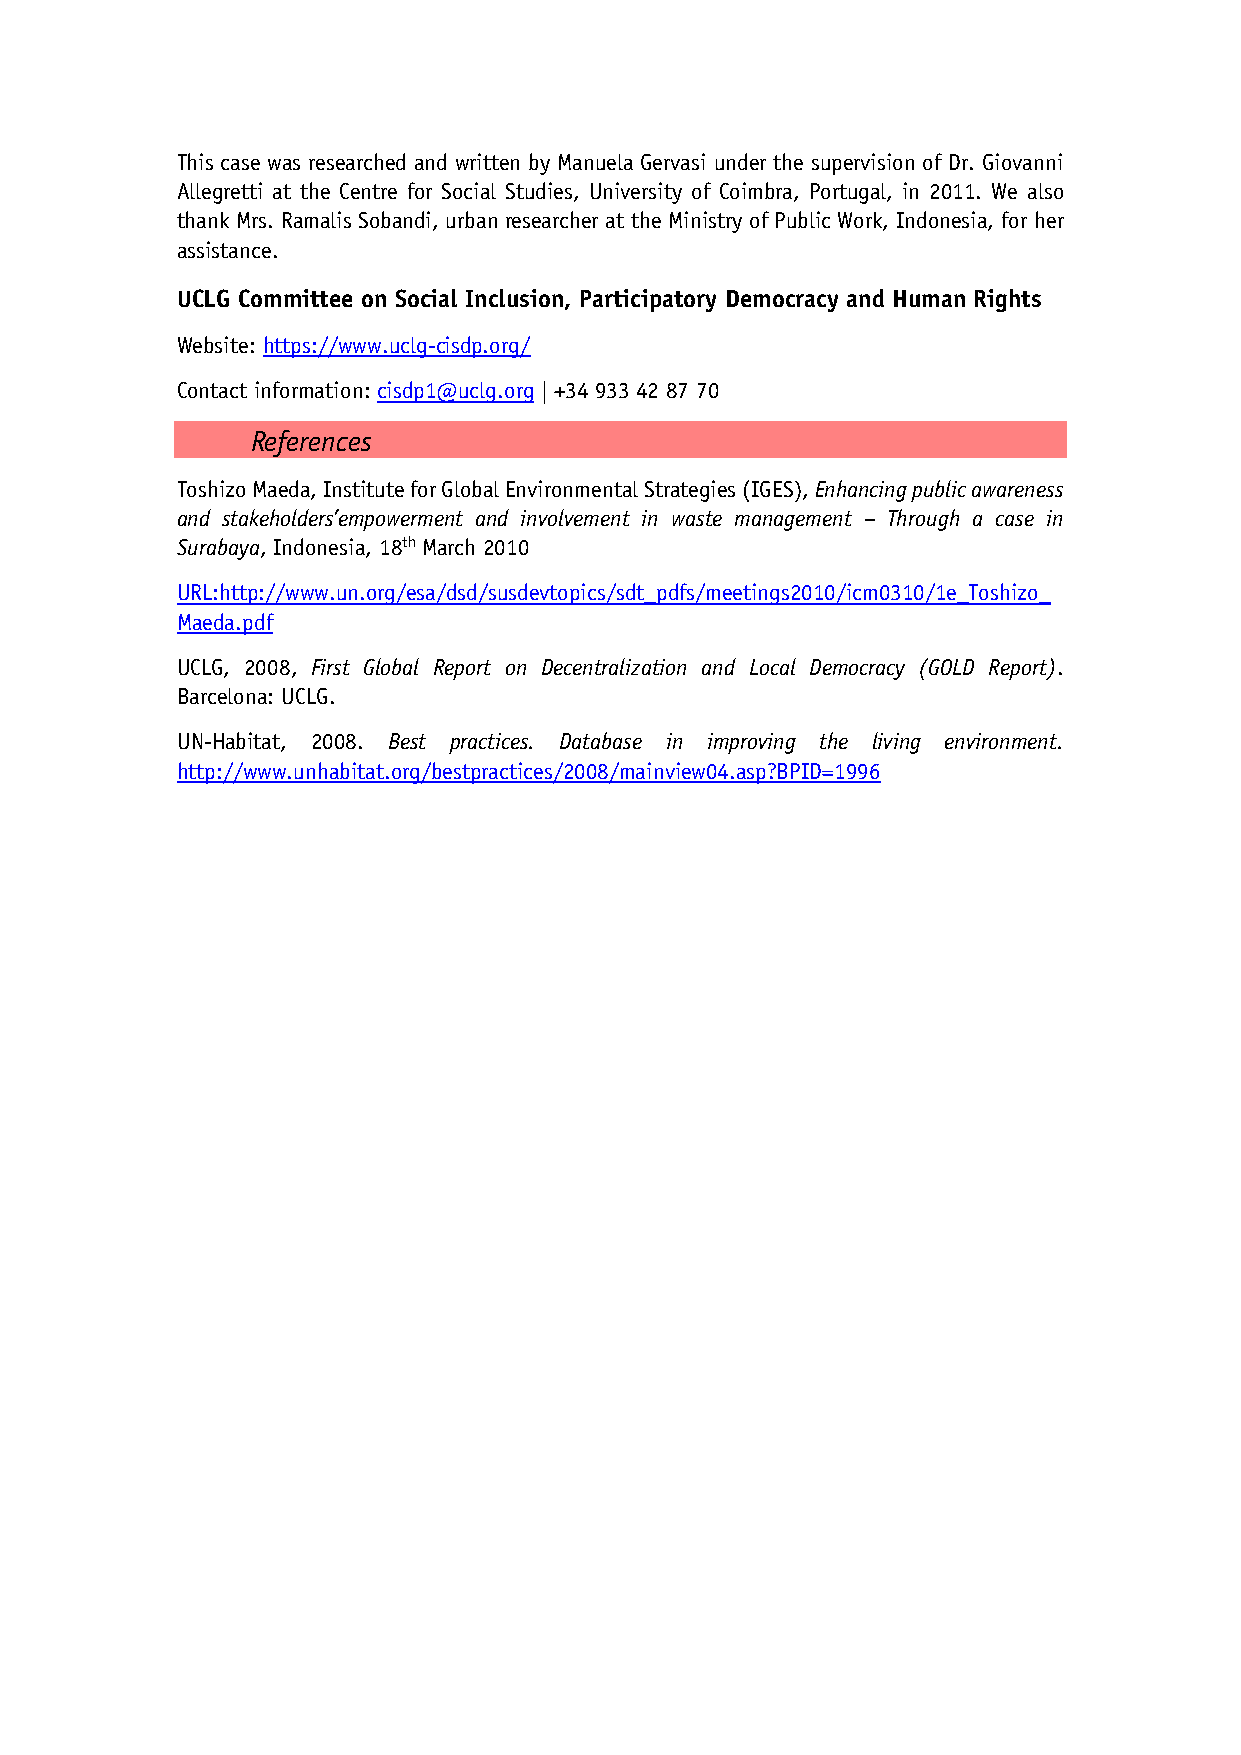
This case was researched and written by Manuela Gervasi under the supervision of Dr. Giovanni
 Allegretti at the Centre for Social Studies, University of Coimbra, Portugal, in 2011. We also
 thank Mrs. Ramalis Sobandi, urban researcher at the Ministry of Public Work, Indonesia, for her
 assistance.
 UCLG Committee on Social Inclusion, Participatory Democracy and Human Rights
 Website: https://www.uclg-cisdp.org/
 Contact information: cisdp1@uclg.org | +34 933 42 87 70
 References
 Toshizo Maeda, Institute for Global Environmental Strategies (IGES), Enhancing public awareness
 and stakeholders’empowerment and involvement in waste management – Through a case in
 Surabaya, Indonesia, 18th March 2010
 URL:http://www.un.org/esa/dsd/susdevtopics/sdt_pdfs/meetings2010/icm0310/1e_Toshizo_
 Maeda.pdf
 UCLG, 2008, First Global Report on Decentralization and Local Democracy (GOLD Report).
 Barcelona: UCLG.
 UN-Habitat, 2008. Best practices. Database in improving the living environment.
 http://www.unhabitat.org/bestpractices/2008/mainview04.asp?BPID=1996